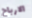
الارباح